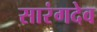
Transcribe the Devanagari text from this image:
सारंगदेव